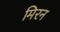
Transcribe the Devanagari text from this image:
मिरन